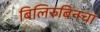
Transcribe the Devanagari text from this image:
बिलिरुबिनचा